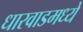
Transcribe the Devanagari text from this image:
धारवाडमध्ये